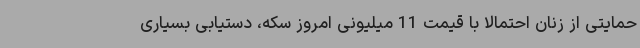
حمایتی از زنان احتمالا با قیمت 11 میلیونی امروز سکه، دستیابی بسیاری